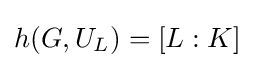
h(G,U_{L})=[L:K]